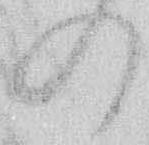
の